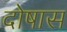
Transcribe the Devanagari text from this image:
दोषास